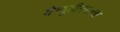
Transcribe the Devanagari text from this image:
मेन्यूहीनसारखे